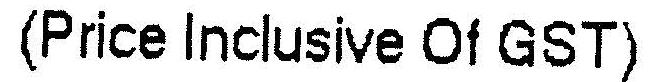
(PRICE INCLUSIVE OF GST)